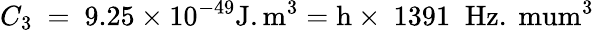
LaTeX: C_{3}~=~9.25\times 10^{-49}\mathrm{J.m^{3}}=\mathrm{h}\times~1391~\; \mathrm{Hz.\ mum^{3}}